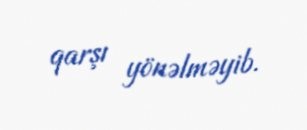
qarşı yönəlməyib.